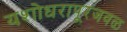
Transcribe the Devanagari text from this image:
यशोधरापूरजवळ